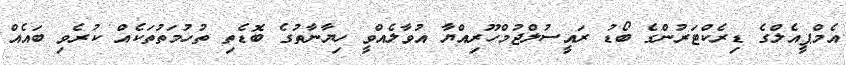
އެމްޕީއެލްގެ ޑިރެކްޓަރުންގެ ބޯޑު ރައީސުލްޖުމްހޫރިއްޔާ އުވާލެއްވީ ހިޔާނާތުގެ ބޮޑެތި ތުހުމަތުތަކެއް ކުރެވި ބައެއް